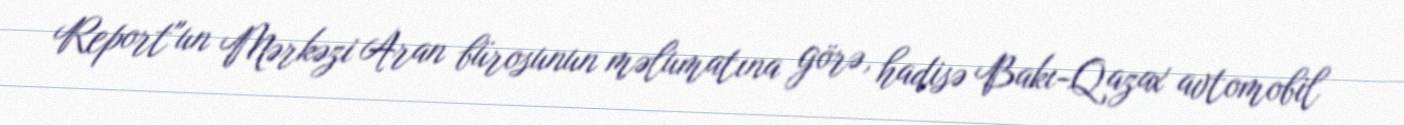
Report"un Mərkəzi Aran bürosunun məlumatına görə, hadisə Bakı-Qazax avtomobil